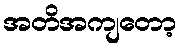
အတိအကျတော့